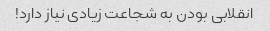
انقلابی بودن به شجاعت زیادی نیاز دارد!